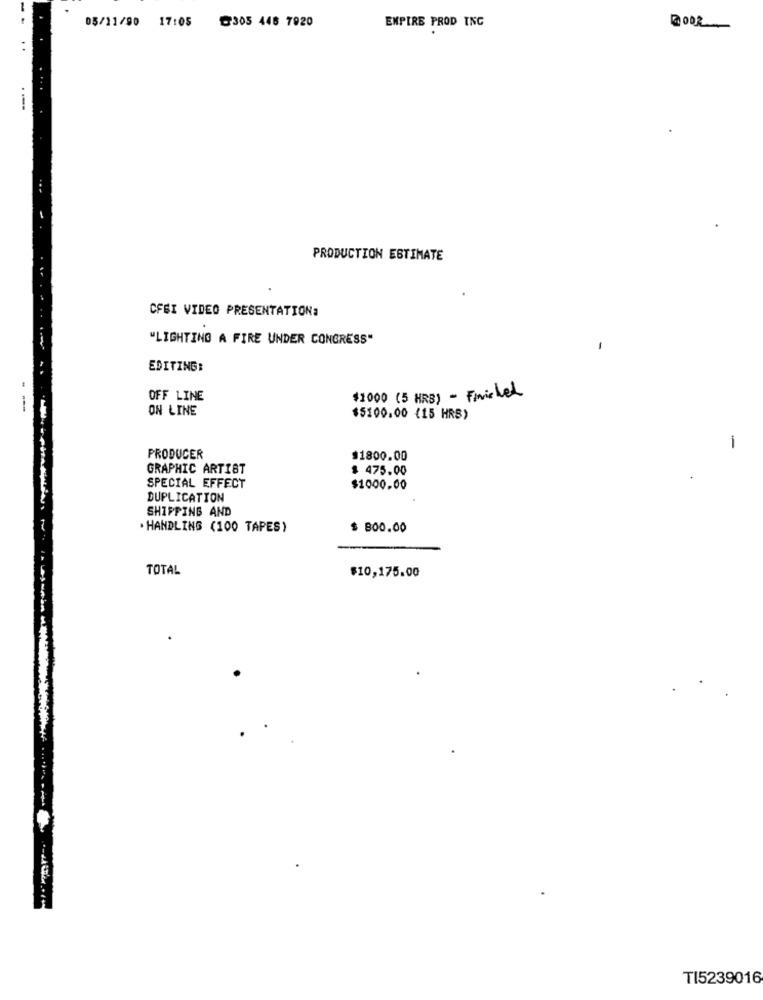
05/11/90 17:05
₾305 446 7920
EMPIRE PROD INC
---
PRODUCTION ESTIMATE
CFSI VIDEO PRESENTATIONa
"LIGHTING A FIRE UNDER CONGRESS"
EDITING:
OFF LINE
$1000 (5 HRS) - Finished
ON LINE
$5100.00 (15 HRS)
-
PRODUCER
$1800.00
GRAPHIC ARTIST
$ 475.00
SPECIAL EFFECT
$1000.00
DUPLICATION
SHIPPING AND
.HANDLING (100 TAPES)
$ 800.00
TOTAL
$10,175.00
TI5239016